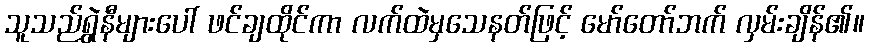
သူသည်ရွှဲနီများပေါ် ဖင်ချထိုင်ကာ လက်ထဲမှသေနတ်ဖြင့် မော်တော်ဘက် လှမ်းချိန်၏။